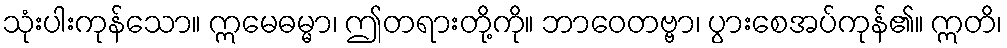
သုံးပါးကုန်သော။ ဣမေဓမ္မာ၊ ဤတရားတို့ကို။ ဘာဝေတဗ္ဗာ၊ ပွားစေအပ်ကုန်၏။ ဣတိ၊